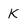
Character: k